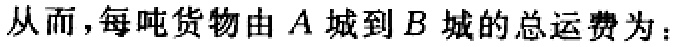
从而，每吨货物由\(A\)城到\(B\)城的总运费为：